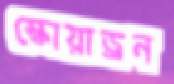
স্কোয়াড্রন